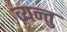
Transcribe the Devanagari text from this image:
व्यन्तु